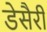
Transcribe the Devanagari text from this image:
डेसैरी